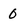
Character: 0